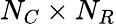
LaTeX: N_{C}\times N_{R}